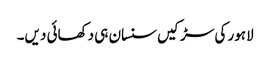
لاہور کی سڑکیں سنسان ہی دکھائی دیں۔